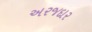
અરજદાર